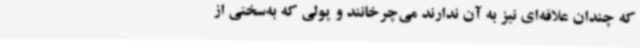
که چندان علاقه‌ای نیز به آن ندارند می‌چرخانند و پولی که به‌سختی از